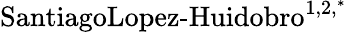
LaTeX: \textrm{SantiagoLopez-Huidobro}^{1,2,^{*}}